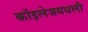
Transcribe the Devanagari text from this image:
कॉइलेजमधली